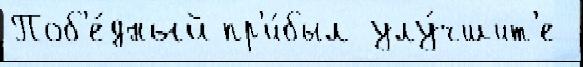
Поб'е́дный пр'и́был улу́чшит'е